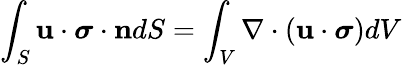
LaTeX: \int_{S}\mathbf{u\cdot{\boldsymbol{\sigma}}\cdot n}dS=\int_{V}\nabla\cdot\left(\mathbf{u}\cdot{\boldsymbol{\sigma}}\right)dV